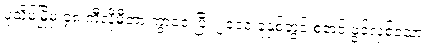
ပုသိမ်မြို့မှ ၄၈ ကီလိုမီတာ ကွာဝေးပြီး ၂၀၀၀ ခုနှစ်တွင် စတင် ဖွင့်လှစ်သော